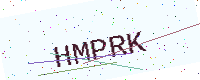
Text: HMPRK